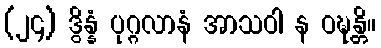
(၂၄) ဒွိန္နံ ပုဂ္ဂလာနံ အာသဝါ န ဝဍ္ဎန္တိ။